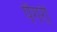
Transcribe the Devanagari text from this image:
पैंगरी